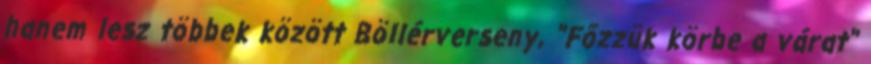
hanem lesz többek között Böllérverseny, "Főzzük körbe a várat"